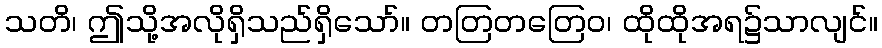
သတိ၊ ဤသို့အလိုရှိသည်ရှိသော်။ တတြတတြေဝ၊ ထိုထိုအရ၌သာလျင်။